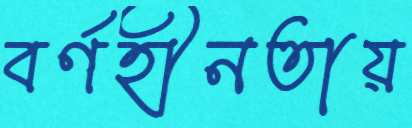
বর্ণহীনতায়